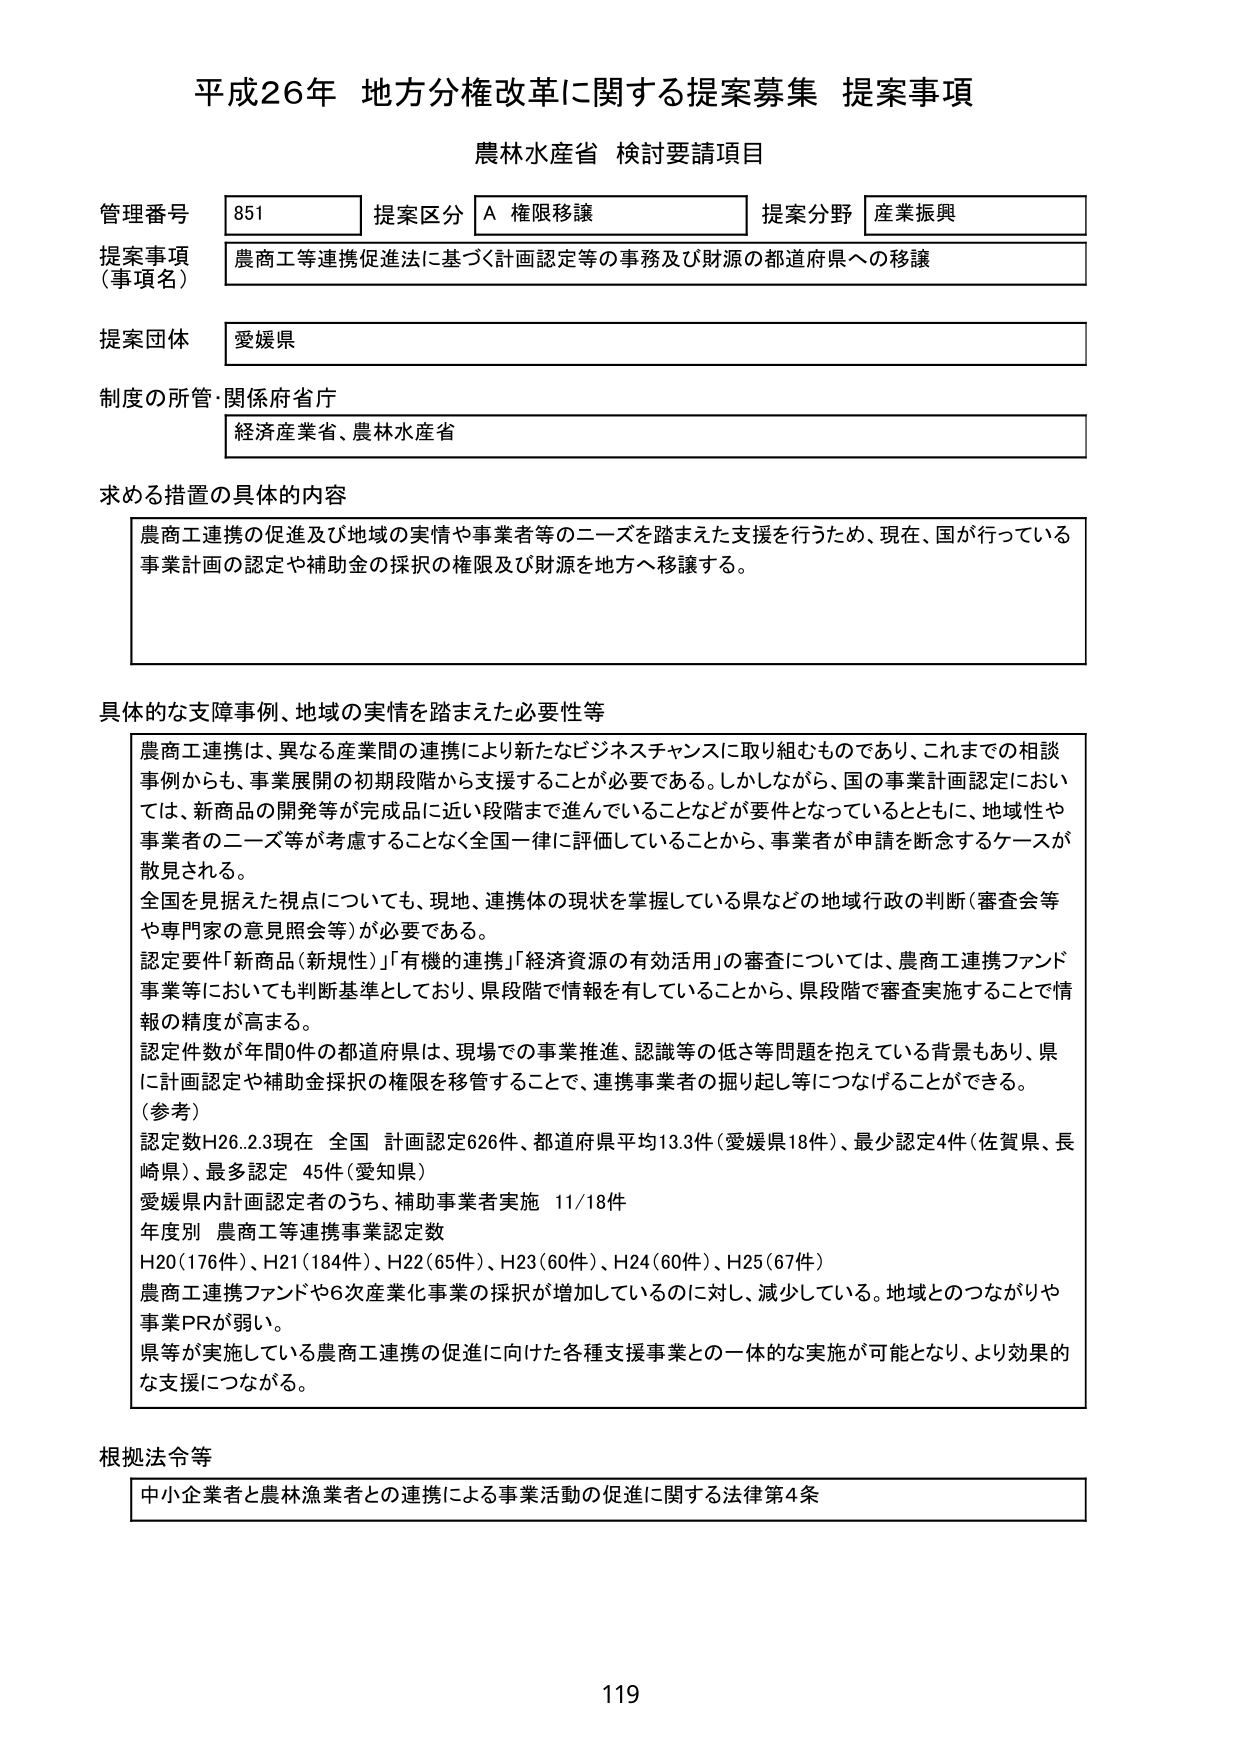
平成26年 地方分権改革に関する提案募集 提案事項
農林水産省 検討要請項目

管理番号 851 提案区分 A 権限移譲 提案分野 産業振興
提案事項（事項名） 農商工等連携促進法に基づく計画認定等の事務及び財源の都道府県への移譲
提案団体 愛媛県
制度の所管・関係府省庁 経済産業省、農林水産省

求める措置の具体的内容
農商工連携の促進及び地域の実情や事業者等のニーズを踏まえた支援を行うため、現在、国が行っている事業計画の認定や補助金の採択の権限及び財源を地方へ移譲する。

具体的な支障事例、地域の実情を踏まえた必要性等
農商工連携は、異なる産業間の連携により新たなビジネスチャンスに取り組むものであり、これまでの相談事例からも、事業展開の初期段階から支援することが必要である。しかしながら、国の事業計画認定においては、新商品の開発等が完成品に近い段階まで進んでいることなどが要件となっているとともに、地域性や事業者のニーズ等が考慮することなく全国一律に評価していることから、事業者が申請を断念するケースが散見される。
全国を見据えた視点についても、現地、連携体の現状を掌握している県などの地域行政の判断（審査会等や専門家の意見照会等）が必要である。
認定要件「新商品（新規性）」「有機的連携」「経済資源の有効活用」の審査については、農商工連携ファンド事業等においても判断基準としており、県段階で情報を有していることから、県段階で審査実施することで情報の精度が高まる。
認定件数が年間0件の都道府県は、現場での事業推進、認識等の低さ等問題を抱えている背景もあり、県に計画認定や補助金採択の権限を移管することで、連携事業者の掘り起し等につなげることができる。
（参考）
認定数H26.2.3現在 全国 計画認定626件、都道府県平均13.3件（愛媛県18件）、最少認定4件（佐賀県、長崎県）、最多認定 45件（愛知県）
愛媛県内計画認定者のうち、補助事業者実施 11/18件
年度別 農商工等連携事業認定数
H20（176件）、H21（184件）、H22（65件）、H23（60件）、H24（60件）、H25（67件）
農商工連携ファンドや6次産業化事業の採択が増加しているのに対し、減少している。地域とのつながりや事業PRが弱い。
県等が実施している農商工連携の促進に向けた各種支援事業との一体的な実施が可能となり、より効果的な支援につながる。

根拠法令等
中小企業者と農林漁業者との連携による事業活動の促進に関する法律第4条

119